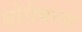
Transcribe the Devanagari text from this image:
धोरीमन्ना